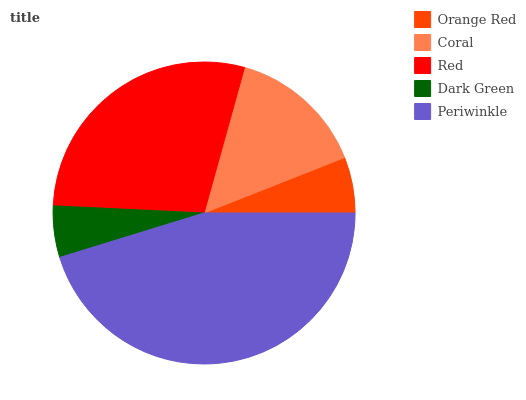
| Orange Red | Coral | Red | Dark Green | Periwinkle |
 | --- | --- | --- | --- | --- |
 | 5.99% | 14.7% | 28.5% | 5.51% | 45.3% |